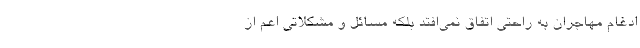
ادغام مهاجران به راحتی اتفاق نمی‌افتد بلکه مسائل و مشکلاتی اعم از